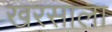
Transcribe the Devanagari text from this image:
खरसाला